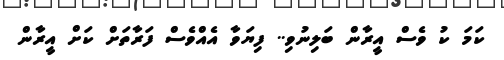
ކަމަ ކު ވެސް އީރާން ބަލިނުވި.. ފިޔަވާ އެއްވެސް ފަރާތަށް ކަށް އީރާން